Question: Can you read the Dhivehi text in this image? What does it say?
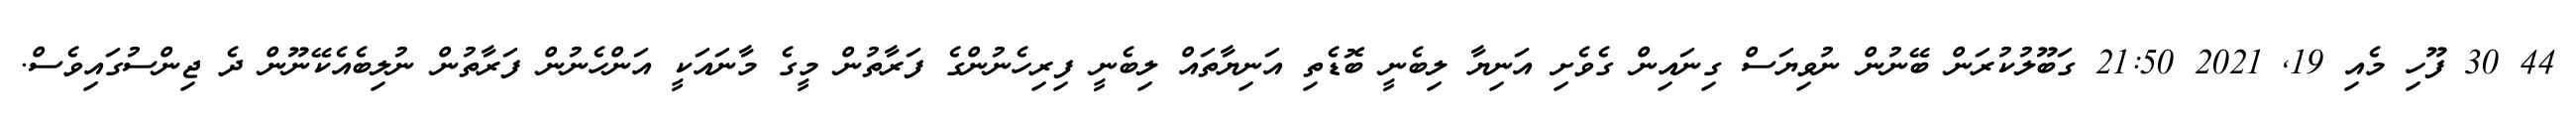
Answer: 44 30 ފޫހި މެއި 19, 2021 21:50 ގަބޫލުކުރަން ބޭނުން ނުވިޔަސް ގިނައިން ގެވެށި އަނިޔާ ލިބެނީ ބޮޑެތި އަނިޔާތައް ލިބެނީ ފިރިހެނުންގެ ފަރާތުން މީގެ މާނައަކީ އަންހެނުން ފަރާތުން ނުލިބެއެކޭނޫން ދެ ޖިންސުގައިވެސް.